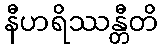
နီဟရိဿန္တီတိ